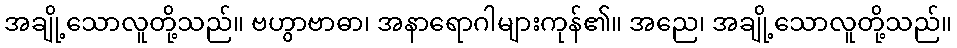
အချို့သောလူတို့သည်။ ဗဟွာဗာဓာ၊ အနာရောဂါများကုန်၏။ အညေ၊ အချို့သောလူတို့သည်။